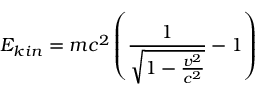
E _ { k i n } = m c ^ { 2 } \left( { \frac { 1 } { \sqrt { 1 - { \frac { v ^ { 2 } } { c ^ { 2 } } } } } } - 1 \right)